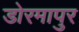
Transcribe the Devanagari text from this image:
डोरमापुर